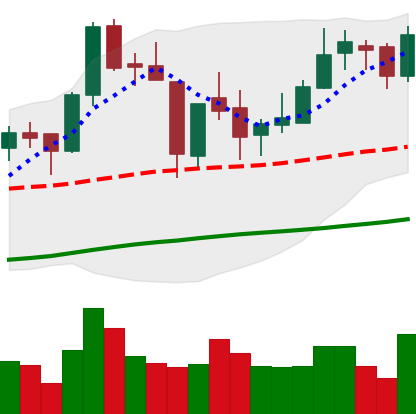
Ticker: BNB-USD
Chart end date: 2018-06-21
Forward return: -17.201%
Label: down_7plus